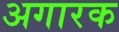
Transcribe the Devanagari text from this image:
अगारक